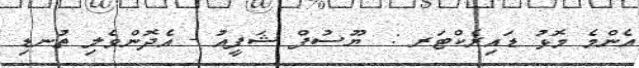
އެންމެ މޮޅު ޑައިރެކްޓަރ :  ޔޫސުފް ޝަފީއު - އެދޮންވެލި ތުނޑި